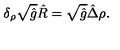
{ \delta _ { \rho } } \sqrt { \hat { g } } \hat { R } = \sqrt { \hat { g } } \hat { \Delta } \rho .